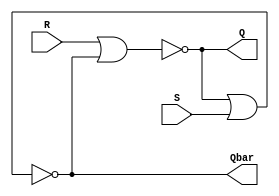
module rs_flip_flop(input R, S, output Q, Qbar);
  nor NOR1(Q, R, Qbar);
  nor NOR2(Qbar, Q, S);
endmodule